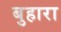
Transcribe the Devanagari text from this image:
बुहारा